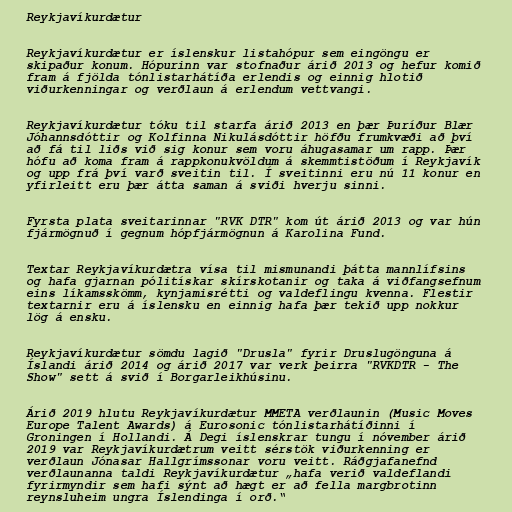
Reykjavíkurdætur

Reykjavíkurdætur er íslenskur listahópur sem eingöngu er
skipaður konum. Hópurinn var stofnaður árið 2013 og hefur komið
fram á fjölda tónlistarhátíða erlendis og einnig hlotið
viðurkenningar og verðlaun á erlendum vettvangi.

Reykjavíkurdætur tóku til starfa árið 2013 en þær Þuríður Blær
Jóhannsdóttir og Kolfinna Nikulásdóttir höfðu frumkvæði að því
að fá til liðs við sig konur sem voru áhugasamar um rapp. Þær
hófu að koma fram á rappkonukvöldum á skemmtistöðum í Reykjavík
og upp frá því varð sveitin til. Í sveitinni eru nú 11 konur en
yfirleitt eru þær átta saman á sviði hverju sinni.

Fyrsta plata sveitarinnar "RVK DTR" kom út árið 2013 og var hún
fjármögnuð í gegnum hópfjármögnun á Karolina Fund.

Textar Reykjavíkurdætra vísa til mismunandi þátta mannlífsins
og hafa gjarnan pólitískar skírskotanir og taka á viðfangsefnum
eins líkamsskömm, kynjamisrétti og valdeflingu kvenna. Flestir
textarnir eru á íslensku en einnig hafa þær tekið upp nokkur
lög á ensku.

Reykjavíkurdætur sömdu lagið "Drusla" fyrir Druslugönguna á
Íslandi árið 2014 og árið 2017 var verk þeirra "RVKDTR - The
Show" sett á svið í Borgarleikhúsinu.

Árið 2019 hlutu Reykjavíkurdætur MMETA verðlaunin (Music Moves
Europe Talent Awards) á Eurosonic tónlistarhátíðinni í
Groningen í Hollandi. Á Degi íslenskrar tungu í nóvember árið
2019 var Reykjavíkurdætrum veitt sérstök viðurkenning er
verðlaun Jónasar Hallgrímssonar voru veitt. Ráðgjafanefnd
verðlaunanna taldi Reykjavíkurdætur „hafa verið vald­efl­andi
fyr­ir­mynd­ir sem hafi sýnt að hægt er að fella marg­brot­inn
reynslu­heim ungra Íslend­inga í orð.“